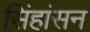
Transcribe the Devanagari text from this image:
सिंहांसन